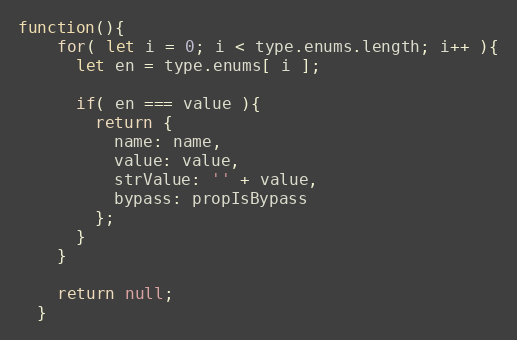
Language: JavaScript
function(){
    for( let i = 0; i < type.enums.length; i++ ){
      let en = type.enums[ i ];

      if( en === value ){
        return {
          name: name,
          value: value,
          strValue: '' + value,
          bypass: propIsBypass
        };
      }
    }

    return null;
  }